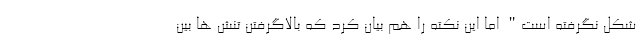
شکل نگرفته است" اما این نکته را هم بیان کرد که بالاگرفتن تنش ها بین